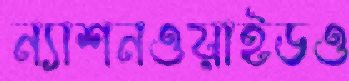
ন্যাশনওয়াইডও